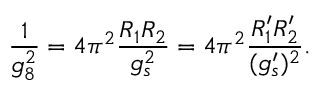
\frac { 1 } { g _ { 8 } ^ { 2 } } = 4 \pi ^ { 2 } \frac { R _ { 1 } R _ { 2 } } { g _ { s } ^ { 2 } } = 4 \pi ^ { 2 } \frac { R _ { 1 } ^ { \prime } R _ { 2 } ^ { \prime } } { ( g _ { s } ^ { \prime } ) ^ { 2 } } .